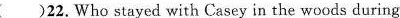
22. Who stayed with Casey in the woods during